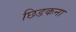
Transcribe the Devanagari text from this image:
छिडकना